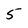
Character: 5